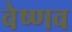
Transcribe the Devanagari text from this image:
वेष्णव